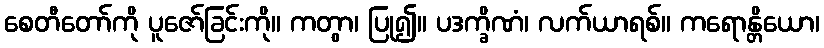
စေတီတော်ကို ပူဇော်ခြင်းကို။ ကတွာ၊ ပြု၍။ ပဒက္ခိဏံ၊ လက်ယာရစ်။ ကရောန္တိယော၊